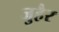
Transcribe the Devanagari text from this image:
जुहैर